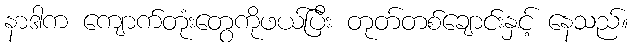
နာဒါက ကျောက်တုံးတွေကိုဖယ်ပြီး တုတ်တစ်ချောင်းနှင့် နေသည်။